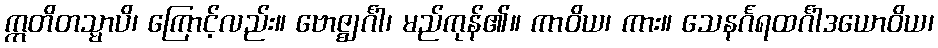
ဣတိတသ္မာပိ၊ ကြောင့်လည်း။ ဗောဇ္ဈင်္ဂါ၊ မည်ကုန်၏။ ကာဝိယ၊ ကား။ သေနင်္ဂရထင်္ဂါဒယောဝိယ၊